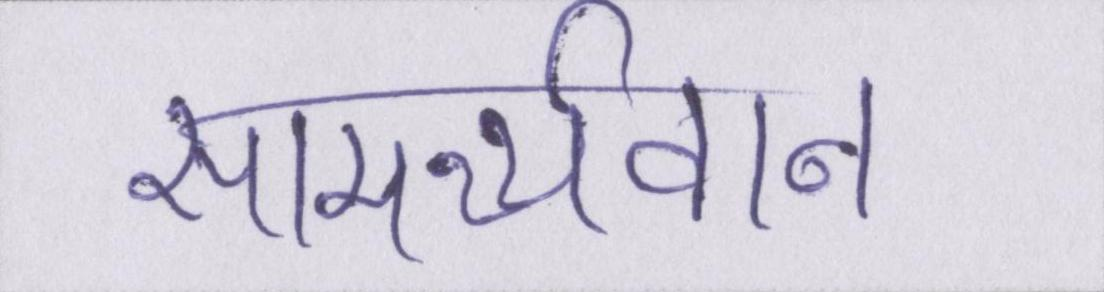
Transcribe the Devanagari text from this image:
सामर्थ्यवान